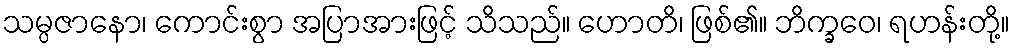
သမ္ပဇာနော၊ ကောင်းစွာ အပြာအားဖြင့် သိသည်။ ဟောတိ၊ ဖြစ်၏။ ဘိက္ခဝေ၊ ရဟန်းတို့။